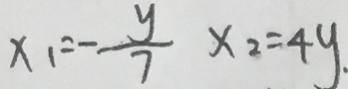
x _ { 1 } = - \frac { y } { 7 } x _ { 2 } = 4 y